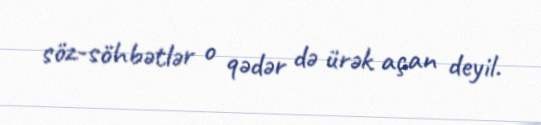
söz-söhbətlər o qədər də ürək açan deyil.